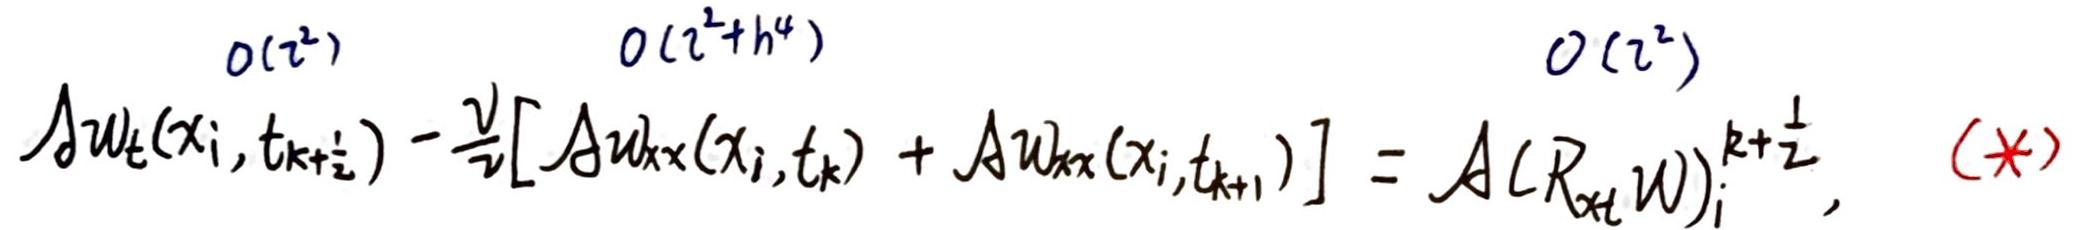
$
\Delta w_t(x_i, t_{k+\frac{1}{2}}) - \frac{\nu}{2}[\Delta w_{xx}(x_i, t_k) + \Delta w_{xx}(x_i, t_{k+1})] = \Delta (R_{xt} w)_i^{k + \frac{1}{2}}, \quad (\ast)
$
$
\begin{array}{ccc}
O(\tau^2) & O(\tau^2 + h^4) & O(\tau^2)
\end{array}
$